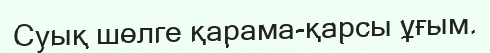
Суық шөлге қарама-қарсы ұғым.